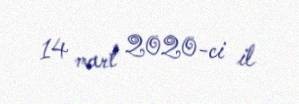
14 mart 2020-ci il